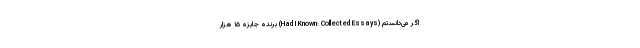
اگر می‌دانستم (Had I Known: Collected Essays) برنده جایزه ۱۵ هزار